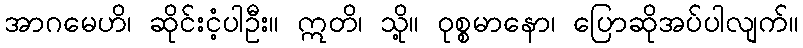
အာဂမေဟိ၊ ဆိုင်းငံ့ပါဦး။ ဣတိ၊ သို့။ ဝုစ္စမာနော၊ ပြောဆိုအပ်ပါလျက်။